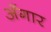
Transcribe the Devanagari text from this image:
अँगार